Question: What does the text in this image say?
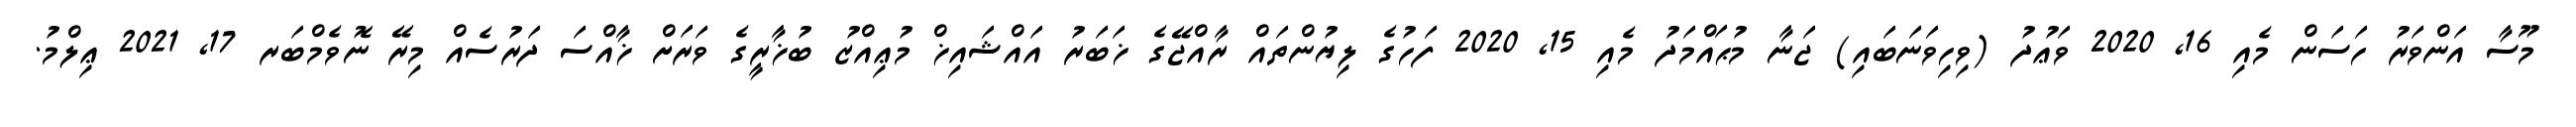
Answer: މޫސާ އަންވަރު ހަސަން މެއި 16, 2020 ވަޢުދު (ވިހިވަނަބައި) ޖަނާ މުޙައްމަދު މެއި 15, 2020 ފަހުގެ ލިޔުންތައް ރާއްޖޭގެ ޚަބަރު އައްޝައިޚް މުޢިއްޒު ބުޚާރީގެ ވަރަށް ޚާއްސަ ދަރުސެއް މިރޭ ނޮވެމްބަރ 17, 2021 ޢިލްމު.